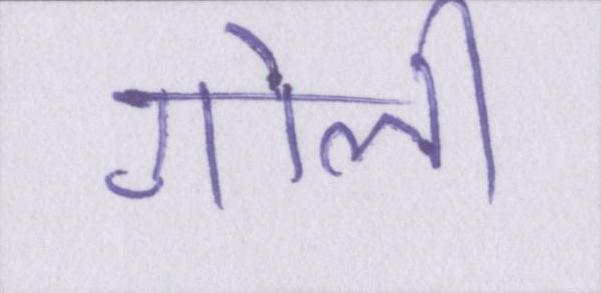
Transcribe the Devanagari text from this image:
गोली